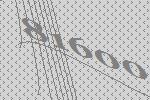
81600